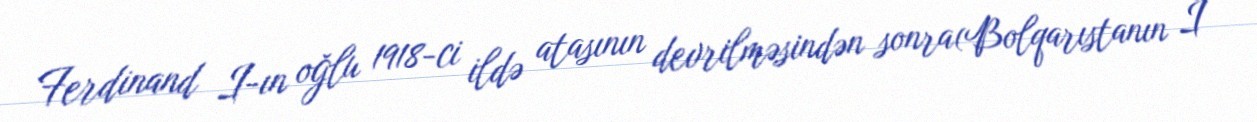
Ferdinand I-ın oğlu 1918-ci ildə atasının devrilməsindən sonra(Bolqarıstanın I